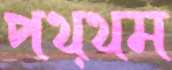
পথ্থম